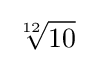
{\sqrt[{12}]{10}}\!